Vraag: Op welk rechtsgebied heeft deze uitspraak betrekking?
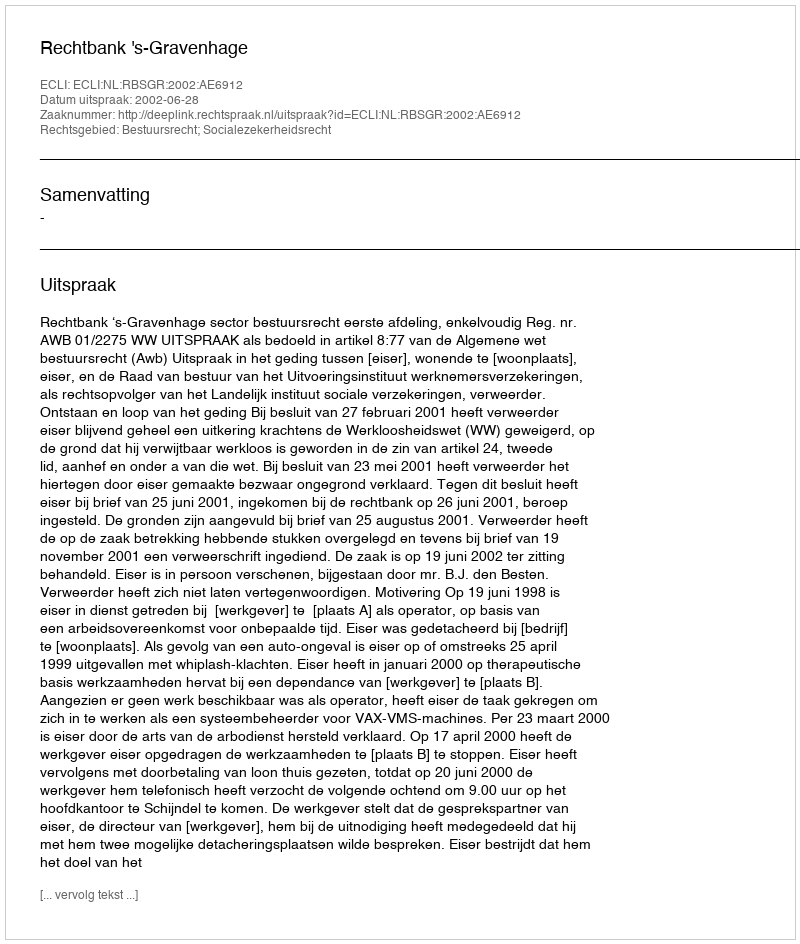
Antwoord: Bestuursrecht; Socialezekerheidsrecht